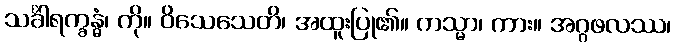
သင်္ခါရက္ခန္ဓံ၊ ကို။ ဝိသေသေတိ၊ အထူးပြု၏။ ကသ္မာ၊ ကား။ အဂ္ဂဖလဿ၊